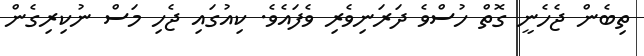
ތިބެން ޖެހެނީ ގޮތް ހުސްވެ ދަރަނިވެރި ވެފައެވެ. ކިއުގައި ޖެހި މަސް ނުކިރިގެން